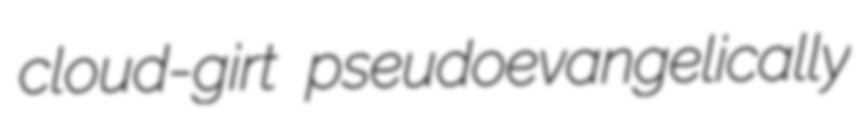
cloud-girt pseudoevangelically